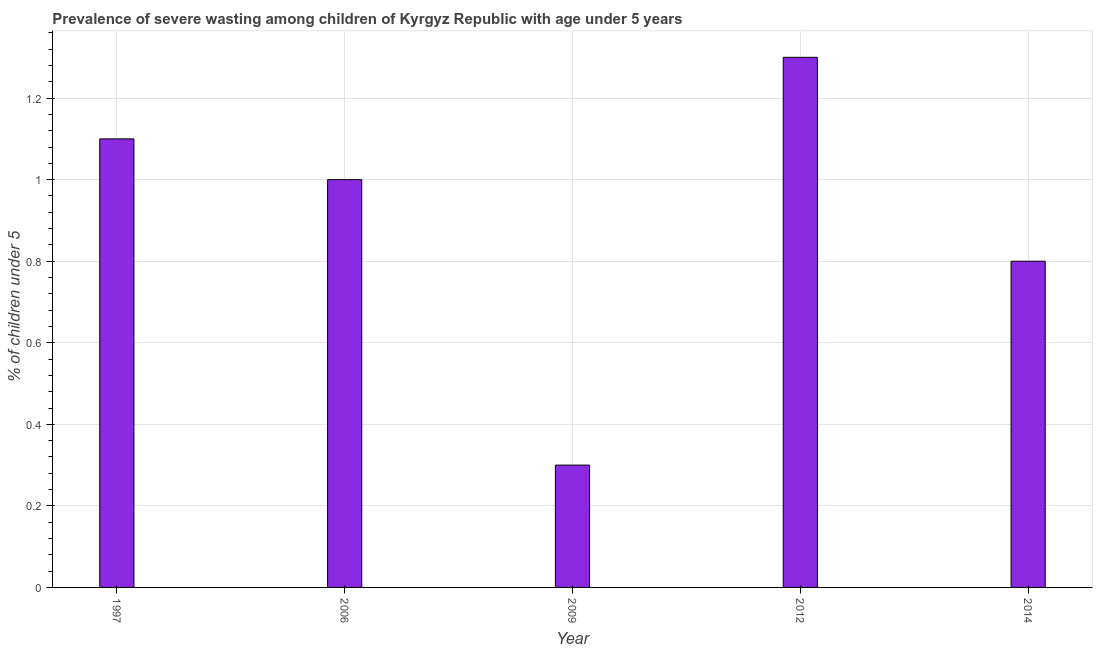
| Year | Prevalence of severe wasting |
 | --- | --- |
 | 1997 | 1.1 |
 | 2006 | 1 |
 | 2009 | 0.3 |
 | 2012 | 1.3 |
 | 2014 | 0.8 |